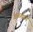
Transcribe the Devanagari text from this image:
वळखाय